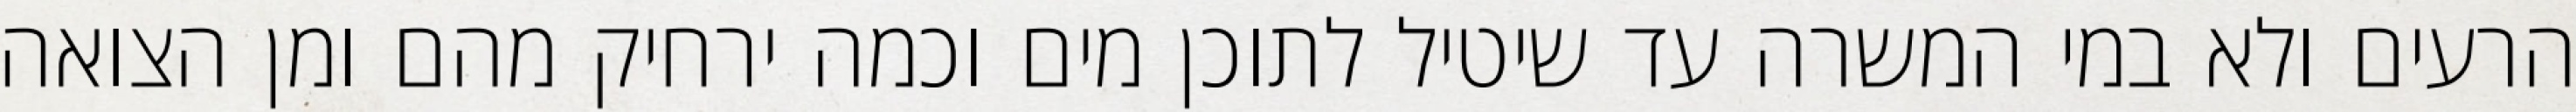
הרעים ולא במי המשרה עד שיטיל לתוכן מים וכמה ירחיק מהם ומן הצואה